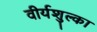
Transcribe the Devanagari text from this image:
वीर्यशुल्का